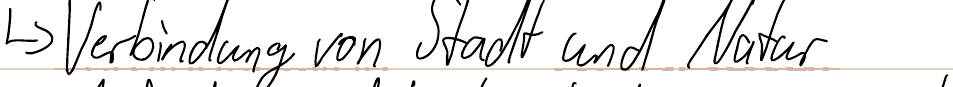
-> Verbindung von Stadt und Natur